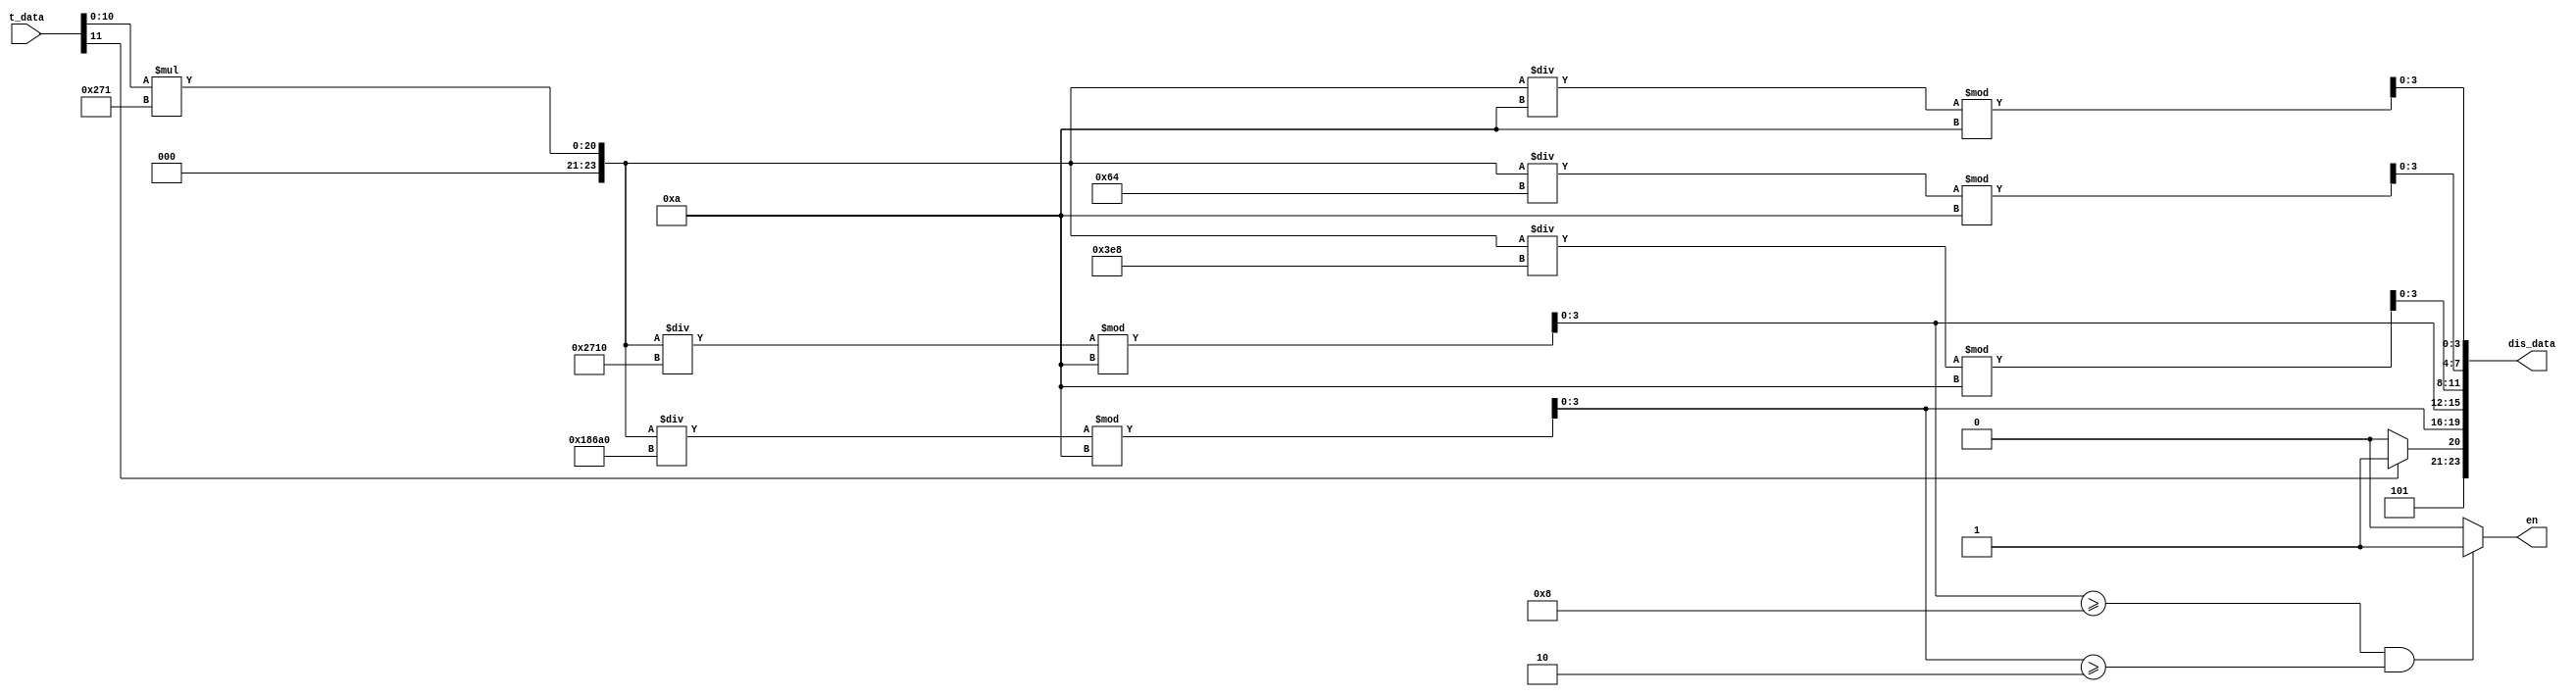
module ctrl (
    input       [15:0]      t_data  ,
    output      [23:0]      dis_data,
    output                  en      
);
    
    wire        [23:0]      data_b      ;
    wire        [3:0]       data_b001   ;   //
    wire        [3:0]       data_b01    ;   //
    wire        [3:0]       data_b1     ;   //
    wire        [3:0]       data_1      ;   //
    wire        [3:0]       data_10     ;   //
    wire        [3:0]       data_fu     ;   //

    assign data_b       = t_data[10:0] * 625; //1000  
    assign data_b001    = data_b /10 %10    ;
    assign data_b01     = data_b /100 %10   ;      
    assign data_b1      = data_b /1000 %10  ;
    assign data_1       = data_b /10000 %10 ;
    assign data_10      = data_b /100000 %10;
    assign data_fu      = t_data[11] ? 4'hB : 4'hA; //A B

    assign dis_data = {data_fu,data_10,data_1,data_b1,data_b01,data_b001};

    assign en=(data_1 >= 4'd8 && data_10 >= 2) ? 1'b1 : 1'b0;


endmodule